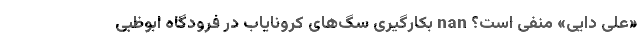
«علی دایی» منفی است؟ nan بکارگیریِ سگ‌های کرونایاب در فرودگاه ابوظبی